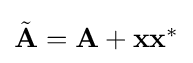
{\textstyle {\tilde {\mathbf {A} }}=\mathbf {A} +\mathbf {x} \mathbf {x} ^{*}}